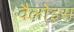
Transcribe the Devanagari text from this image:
वैलोइस